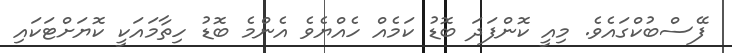
ފޭސްބުކްގައެވެ. މިއީ ކޮންފަދަ ބޮޑު ކަމެއް ހެއްޔެވެ އެންމެ ބޮޑު ހިތާމައަކީ ކޮޔަށްޓަކައި